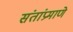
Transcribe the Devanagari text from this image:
संतांप्रमाणे